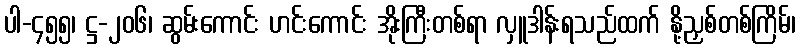
ပါ-၄၅၅၊ ဋ္ဌ-၂၀၆၊ ဆွမ်းကောင်း ဟင်းကောင်း အိုးကြီးတစ်ရာ လှူဒါန်းရသည်ထက် နို့ညှစ်တစ်ကြိမ်၊